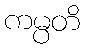
ကမ္ပတိ